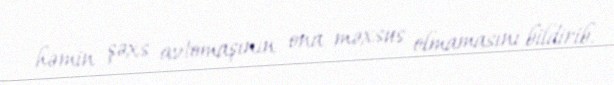
həmin şəxs avtomaşının ona məxsus olmamasını bildirib.